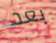
بعد